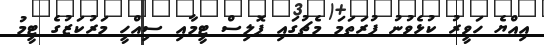
އިއްޔެ ހަވީރު ކުޅެވުނު ފުރަތަމަ މެޗުގައި ޕޮލިސް ޓީމާއި ސިއްހީ މަރުކަޒުގެ ޓީމު